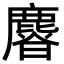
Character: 𣋴